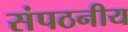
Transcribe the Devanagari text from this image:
संपठनीय